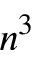
n ^ { 3 }